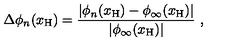
\Delta \phi _ { n } ( x _ { \mathrm { H } } ) = \frac { | \phi _ { n } ( x _ { \mathrm { H } } ) - \phi _ { \infty } ( x _ { \mathrm { H } } ) | } { | \phi _ { \infty } ( x _ { \mathrm { H } } ) | } \ ,